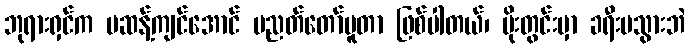
ဘုရားရှင်က မဆန့်ကျင်အောင် ပညတ်တော်မူတာ ဖြစ်ပါတယ်၊ မိုးတွင်းမှာ ခရီးမသွားဘဲ